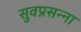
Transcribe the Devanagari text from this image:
सुवप्रसन्ना